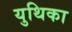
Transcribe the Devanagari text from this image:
युथिका